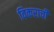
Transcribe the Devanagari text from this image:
विकराची